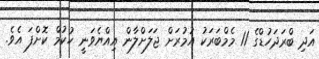
އަދި ބްރަދަހުޑްގެ 11 މެމްބަރަކު އުމުރަށް ޖަލަށްލާން އިއްޔެވަނީ ހުކުމް ކޮށްފަ އެވެ.